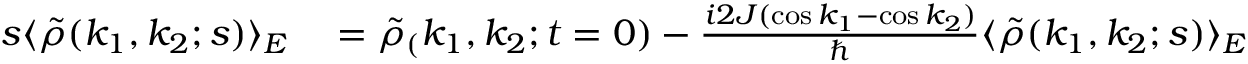
\begin{array} { r l } { s \langle \tilde { \rho } ( k _ { 1 } , k _ { 2 } ; s ) \rangle _ { E } } & { { } = \tilde { \rho } _ { ( } k _ { 1 } , k _ { 2 } ; t = 0 ) - \frac { i 2 J ( \cos k _ { 1 } - \cos k _ { 2 } ) } { \hbar } \langle \tilde { \rho } ( k _ { 1 } , k _ { 2 } ; s ) \rangle _ { E } } \end{array}